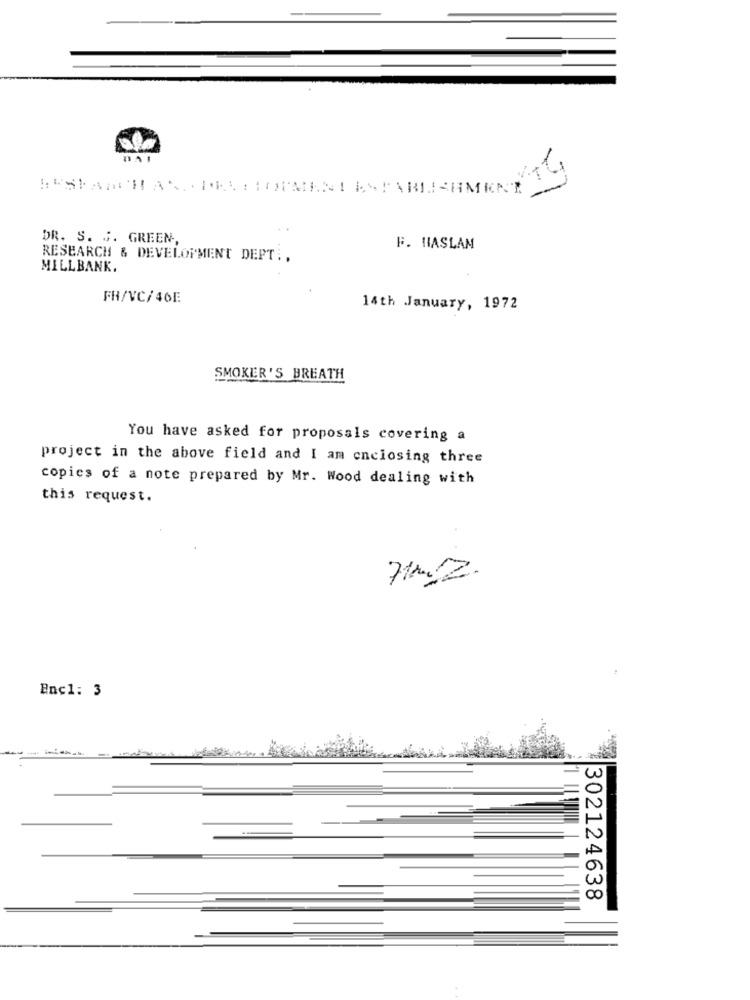
DAI
DR. S. S. GREEN,
F. HASLAM
RESEARCH & DEVELOPMENT DEPT :.
MILLBANK.
FR/VC/46E
14th January, 1972
SMOKER'S BREATH
You have asked for proposals covering a
project in the above field and I am enclosing three
copies of a note prepared by Mr. Wood dealing with
this request.
71mZ.
Bnc1: 3
302124638